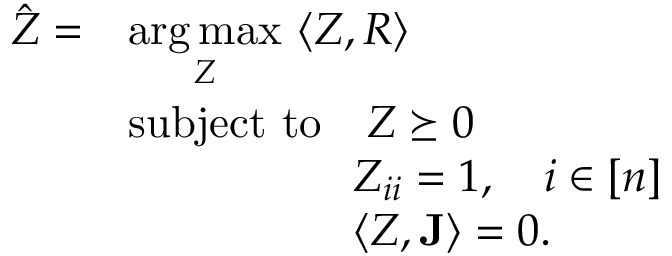
\begin{array} { r l } { \hat { Z } = } & { \underset { Z } { \arg \operatorname* { m a x } } ~ \langle Z , R \rangle } \\ & { \mathrm { s u b j e c t ~ t o } \quad Z \succeq 0 } \\ & { \quad \quad \quad \quad \quad Z _ { i i } = 1 , \quad i \in [ n ] } \\ & { \quad \quad \quad \quad \quad \langle Z , \mathbf { J } \rangle = 0 . } \end{array}